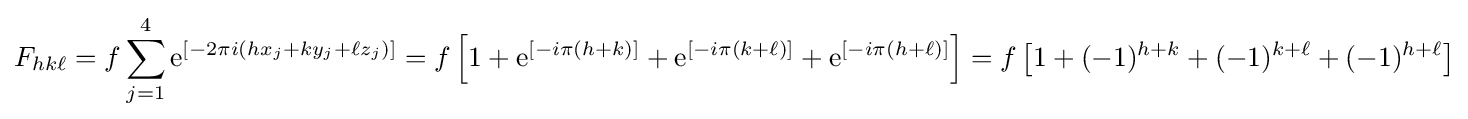
F_{hk\ell }=f\sum _{j=1}^{4}\mathrm {e} ^{[-2\pi i(hx_{j}+ky_{j}+\ell z_{j})]}=f\left[1+\mathrm {e} ^{[-i\pi (h+k)]}+\mathrm {e} ^{[-i\pi (k+\ell )]}+\mathrm {e} ^{[-i\pi (h+\ell )]}\right]=f\left[1+(-1)^{h+k}+(-1)^{k+\ell }+(-1)^{h+\ell }\right]